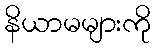
နိယာမများကို